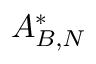
A _ { B , N } ^ { * }